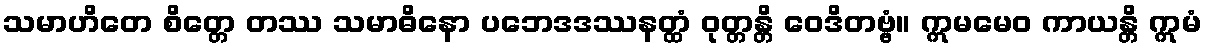
သမာဟိတေ စိတ္တေ တဿ သမာဓိနော ပဘေဒဒဿနတ္ထံ ဝုတ္တန္တိ ဝေဒိတဗ္ဗံ။ ဣမမေဝ ကာယန္တိ ဣမံ